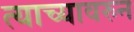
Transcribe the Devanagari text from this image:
त्याच्यावरुन